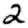
Digit: 2